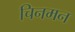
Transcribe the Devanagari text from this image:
चिनमन